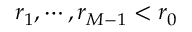
r _ { 1 } , \cdots , r _ { M - 1 } < r _ { 0 }